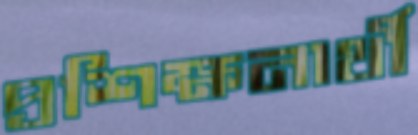
প্রশিক্ষনার্থী